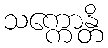
သက္ကောန္တိ